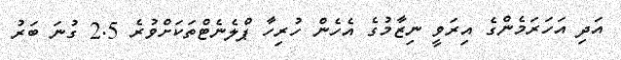
އަދި އަހަރަމެންގެ އިރަވީ ނިޒާމުގެ އެހެން ހުރިހާ ޕްލެނެޓްތަކަށްވުރެ 2.5 ގުނަ ބަރު